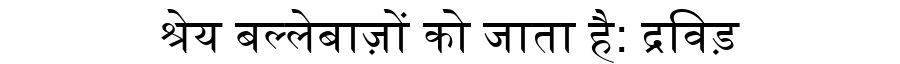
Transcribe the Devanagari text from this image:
श्रेय बल्लेबाज़ों को जाता है: द्रविड़